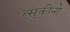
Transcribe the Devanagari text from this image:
त्सुकीनो